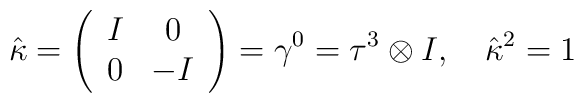
\hat{\kappa}=\left(\begin{array}{cc}I&0\\0&-I\end{array}\right)=\gamma^0=\tau^3\otimes I, \quad \hat{\kappa}^2=1